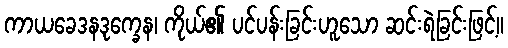
ကာယခေဒနဒုက္ခေန၊ ကိုယ်၏ ပင်ပန်းခြင်းဟူသော ဆင်းရဲခြင်းဖြင့်။